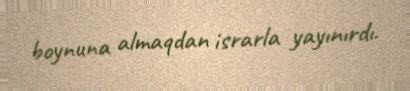
boynuna almaqdan israrla yayınırdı.